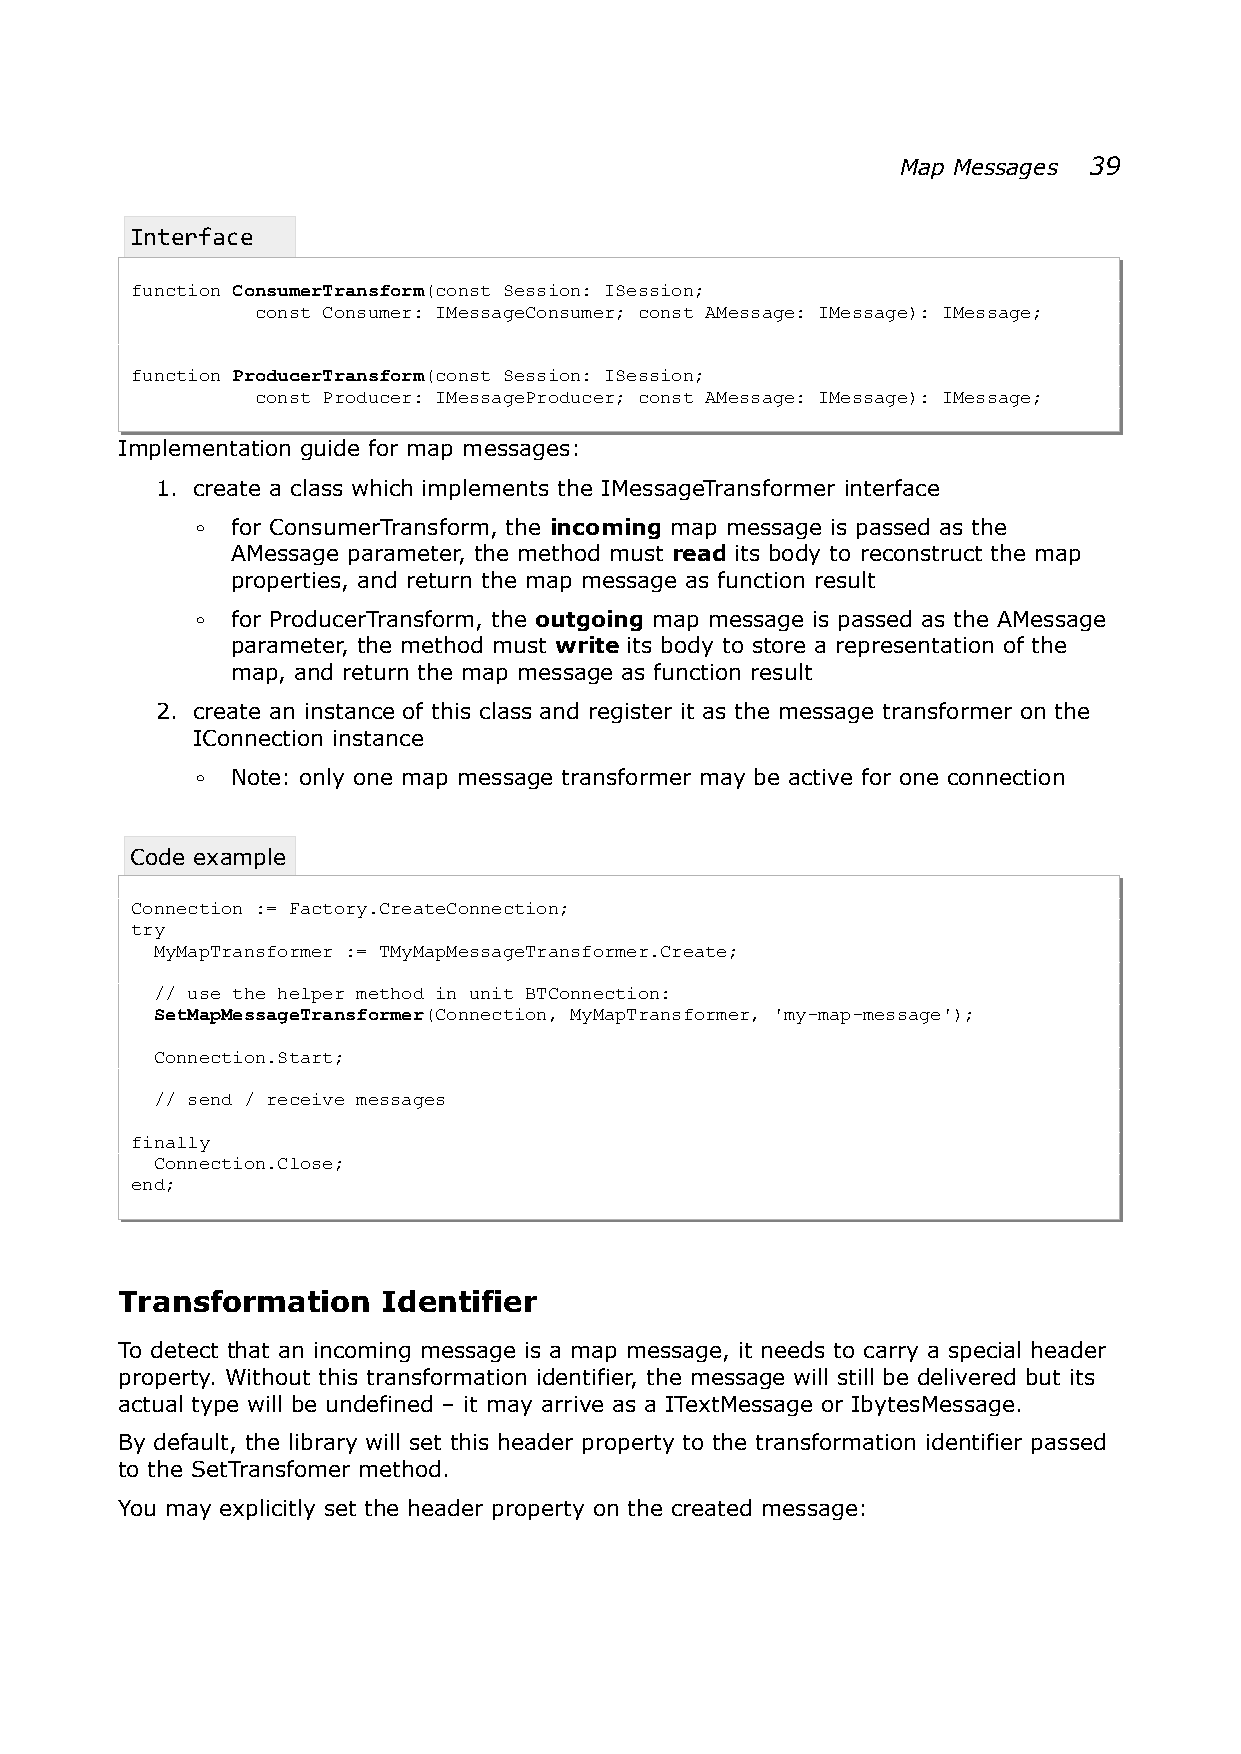
Map Messages 39
 Interface
 function ConsumerTransform(const Session: ISession;
 const Consumer: IMessageConsumer; const AMessage: IMessage): IMessage;
 function ProducerTransform(const Session: ISession;
 const Producer: IMessageProducer; const AMessage: IMessage): IMessage;
 Implementation guide for map messages:
 1. create a class which implements the IMessageTransformer interface
 ◦ for ConsumerTransform, the incoming map message is passed as the
 AMessage parameter, the method must read its body to reconstruct the map
 properties, and return the map message as function result
 ◦ for ProducerTransform, the outgoing map message is passed as the AMessage
 parameter, the method must write its body to store a representation of the
 map, and return the map message as function result
 2. create an instance of this class and register it as the message transformer on the
 IConnection instance
 ◦ Note: only one map message transformer may be active for one connection
 Code example
 Connection := Factory.CreateConnection;
 try
 MyMapTransformer := TMyMapMessageTransformer.Create;
 // use the helper method in unit BTConnection:
 SetMapMessageTransformer(Connection, MyMapTransformer, 'my-map-message');
 Connection.Start;
 // send / receive messages
 finally
 Connection.Close;
 end;
 Transformation   Identifier
 To detect that an incoming message is a map message, it needs to carry a special header
 property. Without this transformation identifier, the message will still be delivered but its
 actual type will be undefined – it may arrive as a ITextMessage or IbytesMessage.
 By default, the library will set this header property to the transformation identifier passed
 to the SetTransfomer method.
 You may explicitly set the header property on the created message: